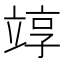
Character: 䇏